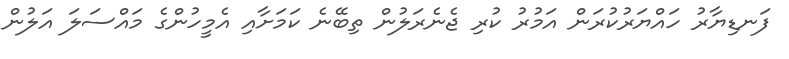
ފަނޑިޔާރު ހައްޔަރުކުރަން އަމުރު ކުރި ޖެނެރަލުން ތިބޭނެ ކަމަށާއި އެމީހުންގެ މައްސަލަ އަލުން